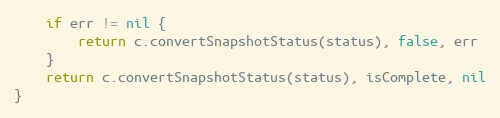
Language: Go
	if err != nil {
		return c.convertSnapshotStatus(status), false, err
	}
	return c.convertSnapshotStatus(status), isComplete, nil
}